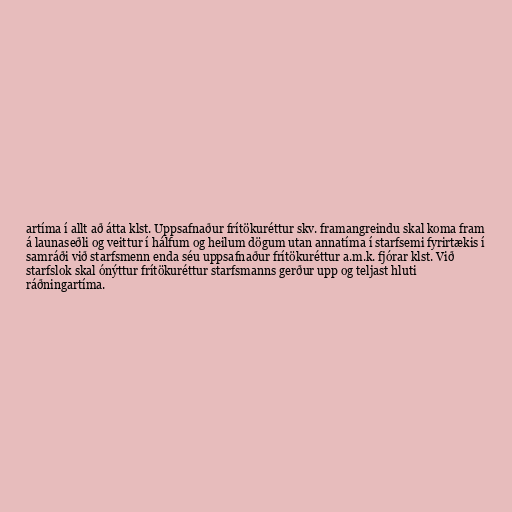
artíma í allt að átta klst. Uppsafnaður frítökuréttur skv. framangreindu skal koma fram
á launaseðli og veittur í hálfum og heilum dögum utan annatíma í starfsemi fyrirtækis í
samráði við starfsmenn enda séu uppsafnaður frítökuréttur a.m.k. fjórar klst. Við
starfslok skal ónýttur frítökuréttur starfsmanns gerður upp og teljast hluti
ráðningartíma.